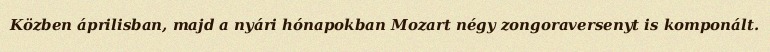
Közben áprilisban, majd a nyári hónapokban Mozart négy zongoraversenyt is komponált.